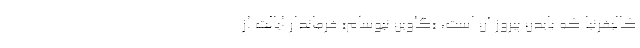
کالیفرنیا که بایدن پیروز آن است، «گاوین نیوسام» فرماندار ایالت از